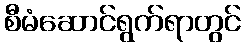
စီမံဆောင်ရွက်ရာတွင်